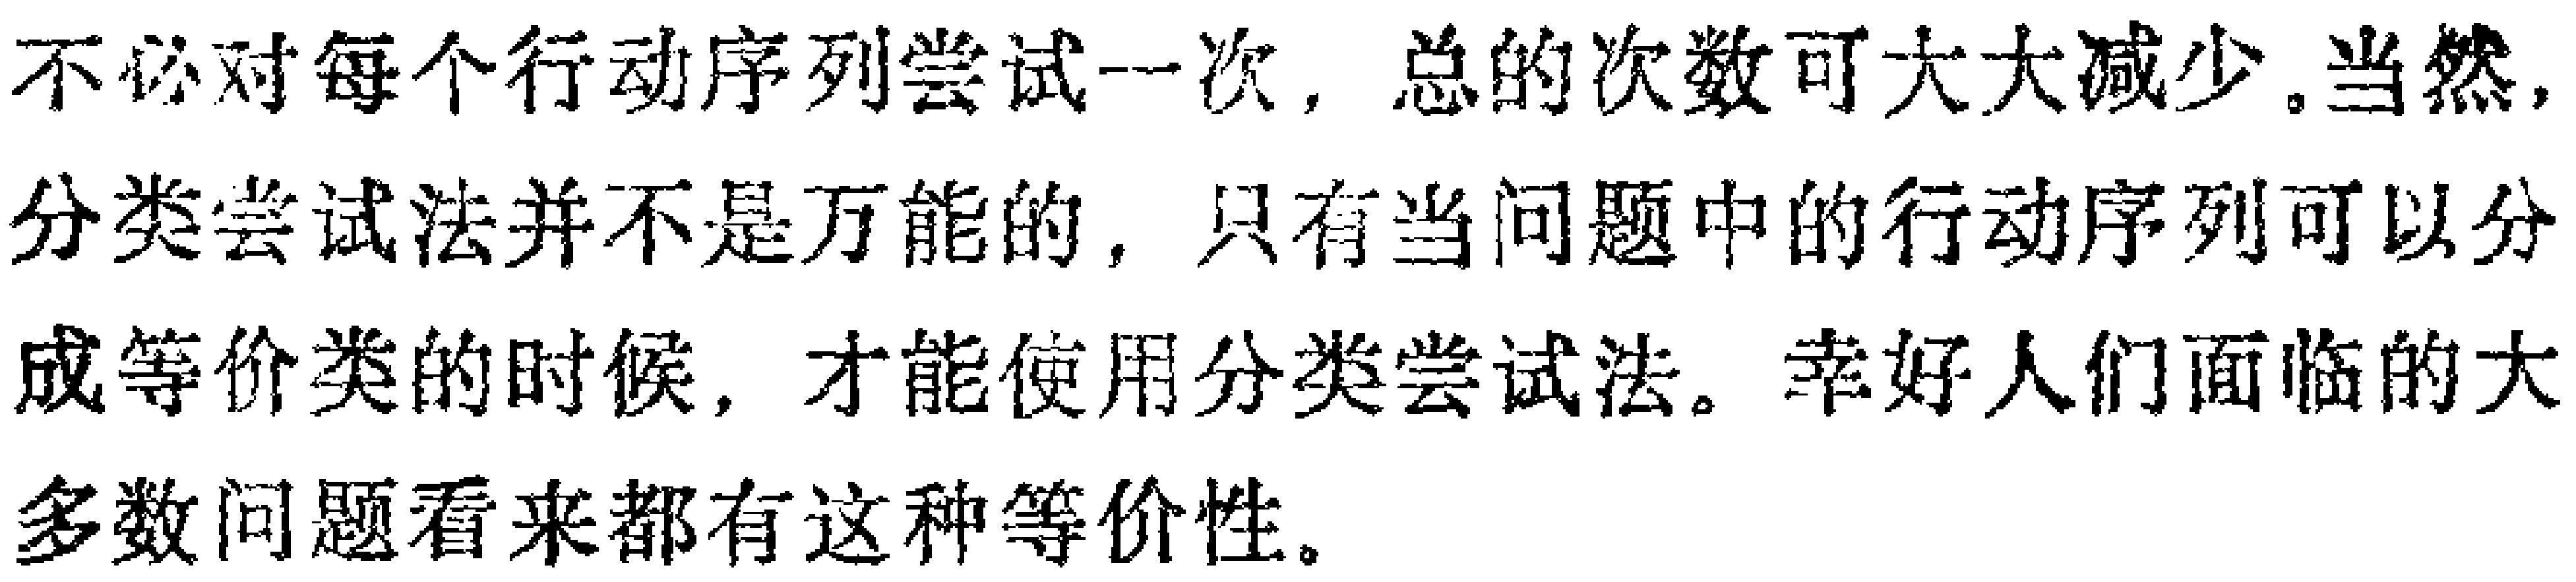
不必对每个行动序列尝试一次，总的次数可大大减少。当然，分类尝试法并不是万能的，只有当问题中的行动序列可以分成等价类的时候，才能使用分类尝试法。幸好人们面临的大多数问题看来都有这种等价性。